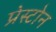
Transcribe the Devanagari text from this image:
प्रेस्टोन